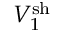
V _ { 1 } ^ { \mathrm { s h } }